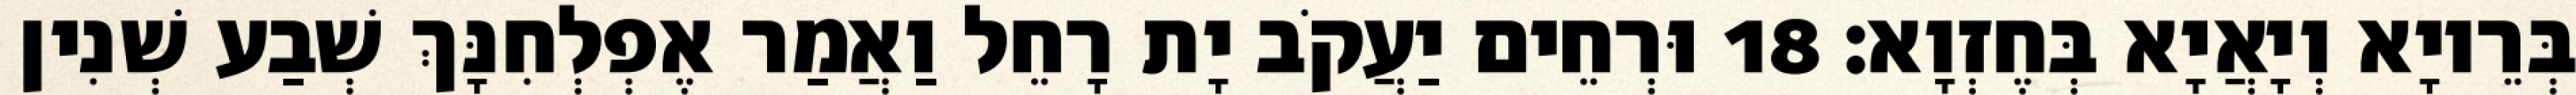
בְּרֵיוָא וְיָאֲיָא בְּחֶזְוָא׃ 18 וּרְחֵים יַעֲקֹב יָת רָחֵל וַאֲמַר אֶפְלְחִנָּךְ שְׁבַע שְׁנִין